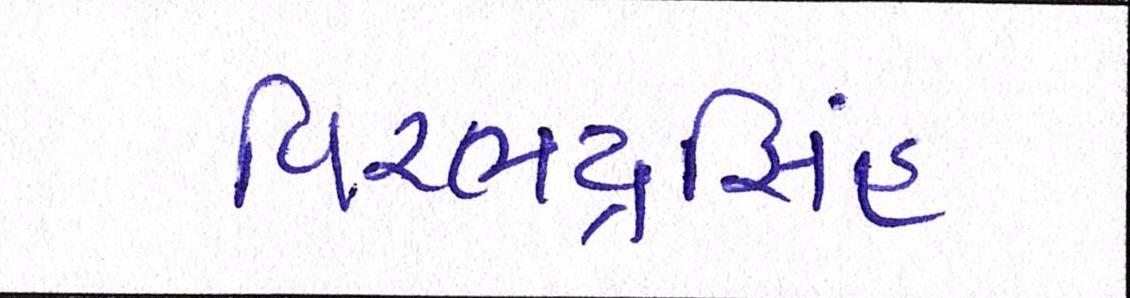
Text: વિરભદ્રસિંહ